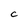
Character: C